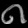
Digit: ၈